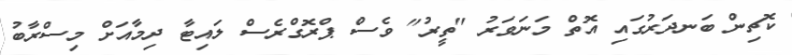
ކޮޗިން ބަނދަރުގައި އޮތް މަނަވަރު "ތީރު" ވެސް ޕްރޮގްރެސް ލައިޓާ ދިމާއަށް މިސްރާބު